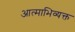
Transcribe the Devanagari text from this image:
आत्माभिव्यक्त